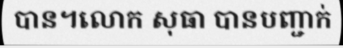
បាន។លោក សុធា បានបញ្ជាក់